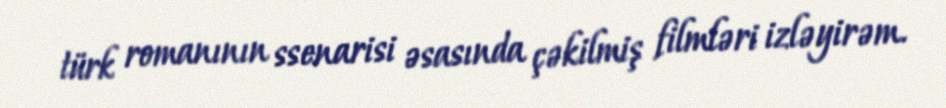
türk romanının ssenarisi əsasında çəkilmiş filmləri izləyirəm.